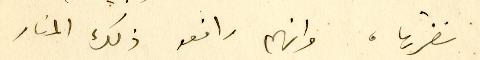
نضرتها، وانهم رافعو ذلك المنار